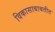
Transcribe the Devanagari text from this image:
विकासाबाबतीत